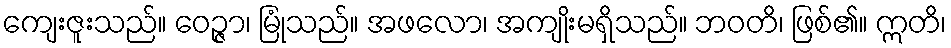
ကျေးဇူးသည်။ ဝေဉ္ဇာ၊ မြုံသည်။ အဖလော၊ အကျိုးမရှိသည်။ ဘဝတိ၊ ဖြစ်၏။ ဣတိ၊